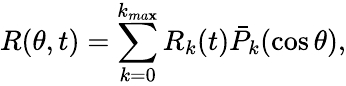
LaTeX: R(\theta,t)=\sum_{k=0}^{k_{ma\mathbf{x}}}R_{k}(t)\bar{{P}}_{k}(\cos\theta),